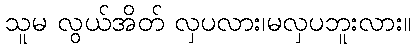
သူမ လွယ်အိတ် လှပလား၊မလှပဘူးလား။